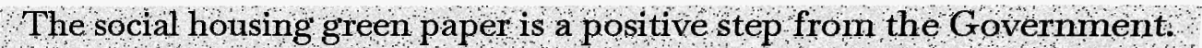
The social housing green paper is a positive step from the Government.